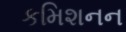
કમિશનન